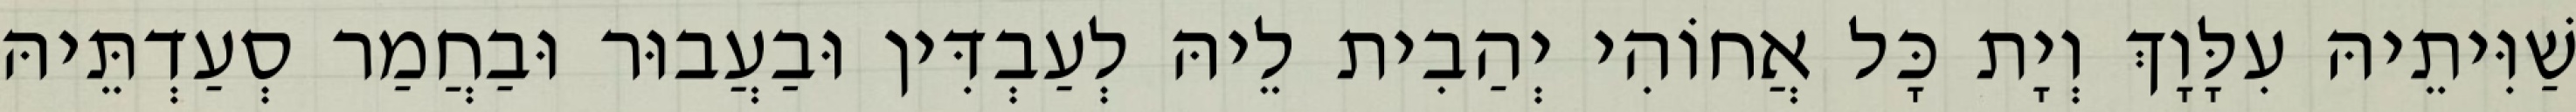
שַׁוִּיתֵיהּ עִלָּוָךְ וְיָת כָּל אֲחוֹהִי יְהַבִית לֵיהּ לְעַבְדִּין וּבַעֲבוּר וּבַחֲמַר סְעַדְתֵּיהּ